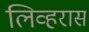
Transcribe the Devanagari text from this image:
लिव्हरास